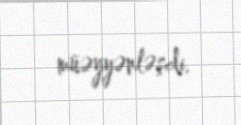
müəyyənləşdi.